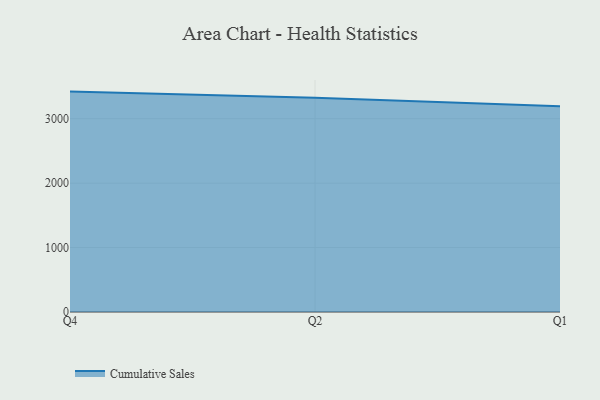
{"axis": {"x": "Quarter", "y": "LTV (USD)"}, "legend": ["Cumulative Sales"], "data": [{"x": "Q4", "y": 3420.5, "type": "Cumulative Sales"}, {"x": "Q2", "y": 3325.4, "type": "Cumulative Sales"}, {"x": "Q1", "y": 3193.8, "type": "Cumulative Sales"}]}